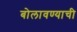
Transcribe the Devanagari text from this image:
बोलावण्याची